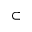
\subset